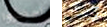
احضروا كوكب